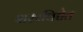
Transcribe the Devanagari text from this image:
शस्त्रविद्येत